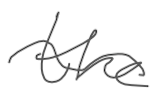
Text: the
Cross-out: wave
Writing tool: digital_gray